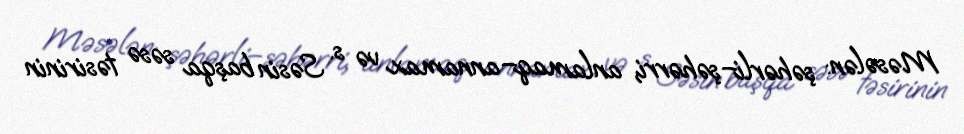
Məsələn: şəhərli–şəhərri, anlamaq–annamax və s. Səsin başqa səsə təsirinin